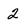
Character: 2